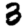
Digit: 3